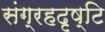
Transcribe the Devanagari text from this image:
संग्रहदृष्टि